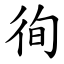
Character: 徇